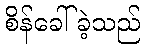
စိန်ခေါ်ခဲ့သည်